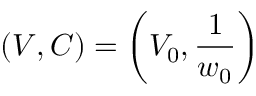
\left( V , C \right) = \left( V _ { 0 } , \frac { 1 } { w _ { 0 } } \right)